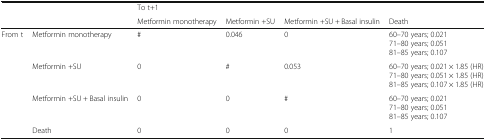
<table><thead><tr><td></td><td></td><td><b>To t+1</b></td><td></td><td></td><td></td></tr><tr><td></td><td></td><td><b>Metformin monotherapy</b></td><td><b>Metformin +SU</b></td><td><b>Metformin +SU + Basal insulin</b></td><td><b>Death</b></td></tr></thead><tbody><tr><td>From t</td><td>Metformin monotherapy</td><td>#</td><td>0.046</td><td>0</td><td>60–70 years; 0.02171–80 years; 0.05181–85 years; 0.107</td></tr><tr><td></td><td>Metformin +SU</td><td>0</td><td>#</td><td>0.053</td><td>60–70 years; 0.021 × 1.85 (HR)71–80 years; 0.051 × 1.85 (HR)81–85 years; 0.107 × 1.85 (HR)</td></tr><tr><td></td><td>Metformin +SU + Basal insulin</td><td>0</td><td>0</td><td>#</td><td>60–70 years; 0.02171–80 years; 0.05181–85 years; 0.107</td></tr><tr><td></td><td>Death</td><td>0</td><td>0</td><td>0</td><td>1</td></tr></tbody></table>